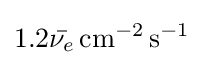
1.2{\bar {\nu _{e}}}\,\mathrm {cm} ^{-2}\,\mathrm {s} ^{-1}